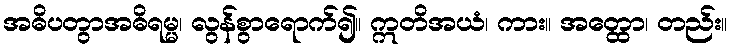
အဓိပတွာအဓိရမ္မ၊ လွန်စွာရောက်၍။ ဣတိအယံ၊ ကား။ အတ္ထော၊ တည်း။